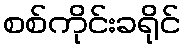
စစ်ကိုင်းခရိုင်